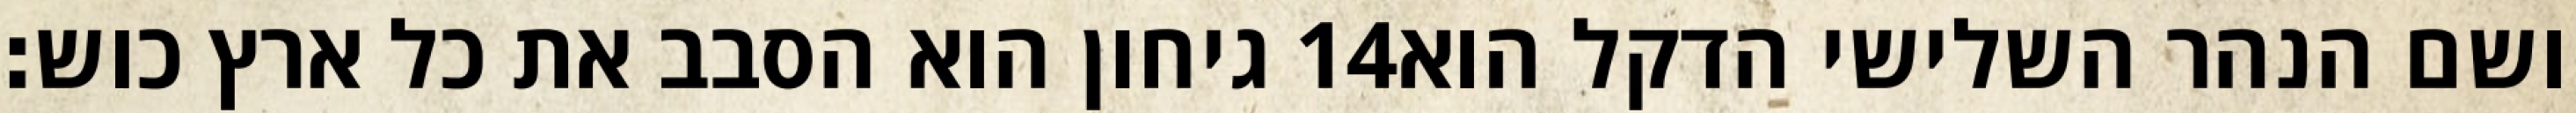
גיחון הוא הסבב את כל ארץ כוש׃ ‎14‏ ושם הנהר השלישי הדקל הוא